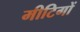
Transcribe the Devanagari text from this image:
मीटिगों